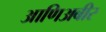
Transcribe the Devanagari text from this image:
आणिअबीर